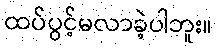
ထပ်ပွင့်မလာခဲ့ပါဘူး။